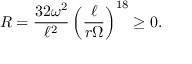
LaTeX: R = \frac { 3 2 \omega ^ { 2 } } { \ell ^ { 2 } } \left( \frac { \ell } { r \Omega } \right) ^ { 1 8 } \ge 0 .